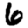
Digit: 6